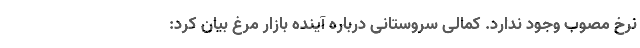
نرخ مصوب وجود ندارد. کمالی سروستانی درباره آینده بازار مرغ بیان کرد: